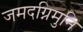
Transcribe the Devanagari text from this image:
जमदग्निमुनि